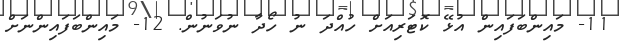
11- މައިންބަފައިން އުޅޭ ކޮޓަރިއަށް ހުއްދަ ނު ހޯދާ ނުވަނުން. 12- މައިންބަފައިންނަށް